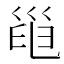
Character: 𢀀